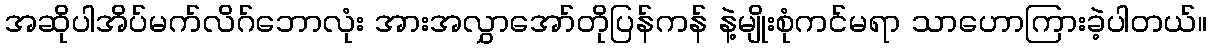
အဆိုပါအိပ်မက်လိဂ်ဘောလုံး အားအလွှာအော်တိုပြန်ကန် နဲ့မျိုးစုံကင်မရာ သာဟောကြားခဲ့ပါတယ်။